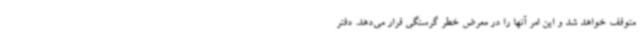
متوقف خواهد شد و این امر آنها را در معرض خطر گرسنگی قرار می‌دهد. دفتر